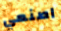
اصنعي